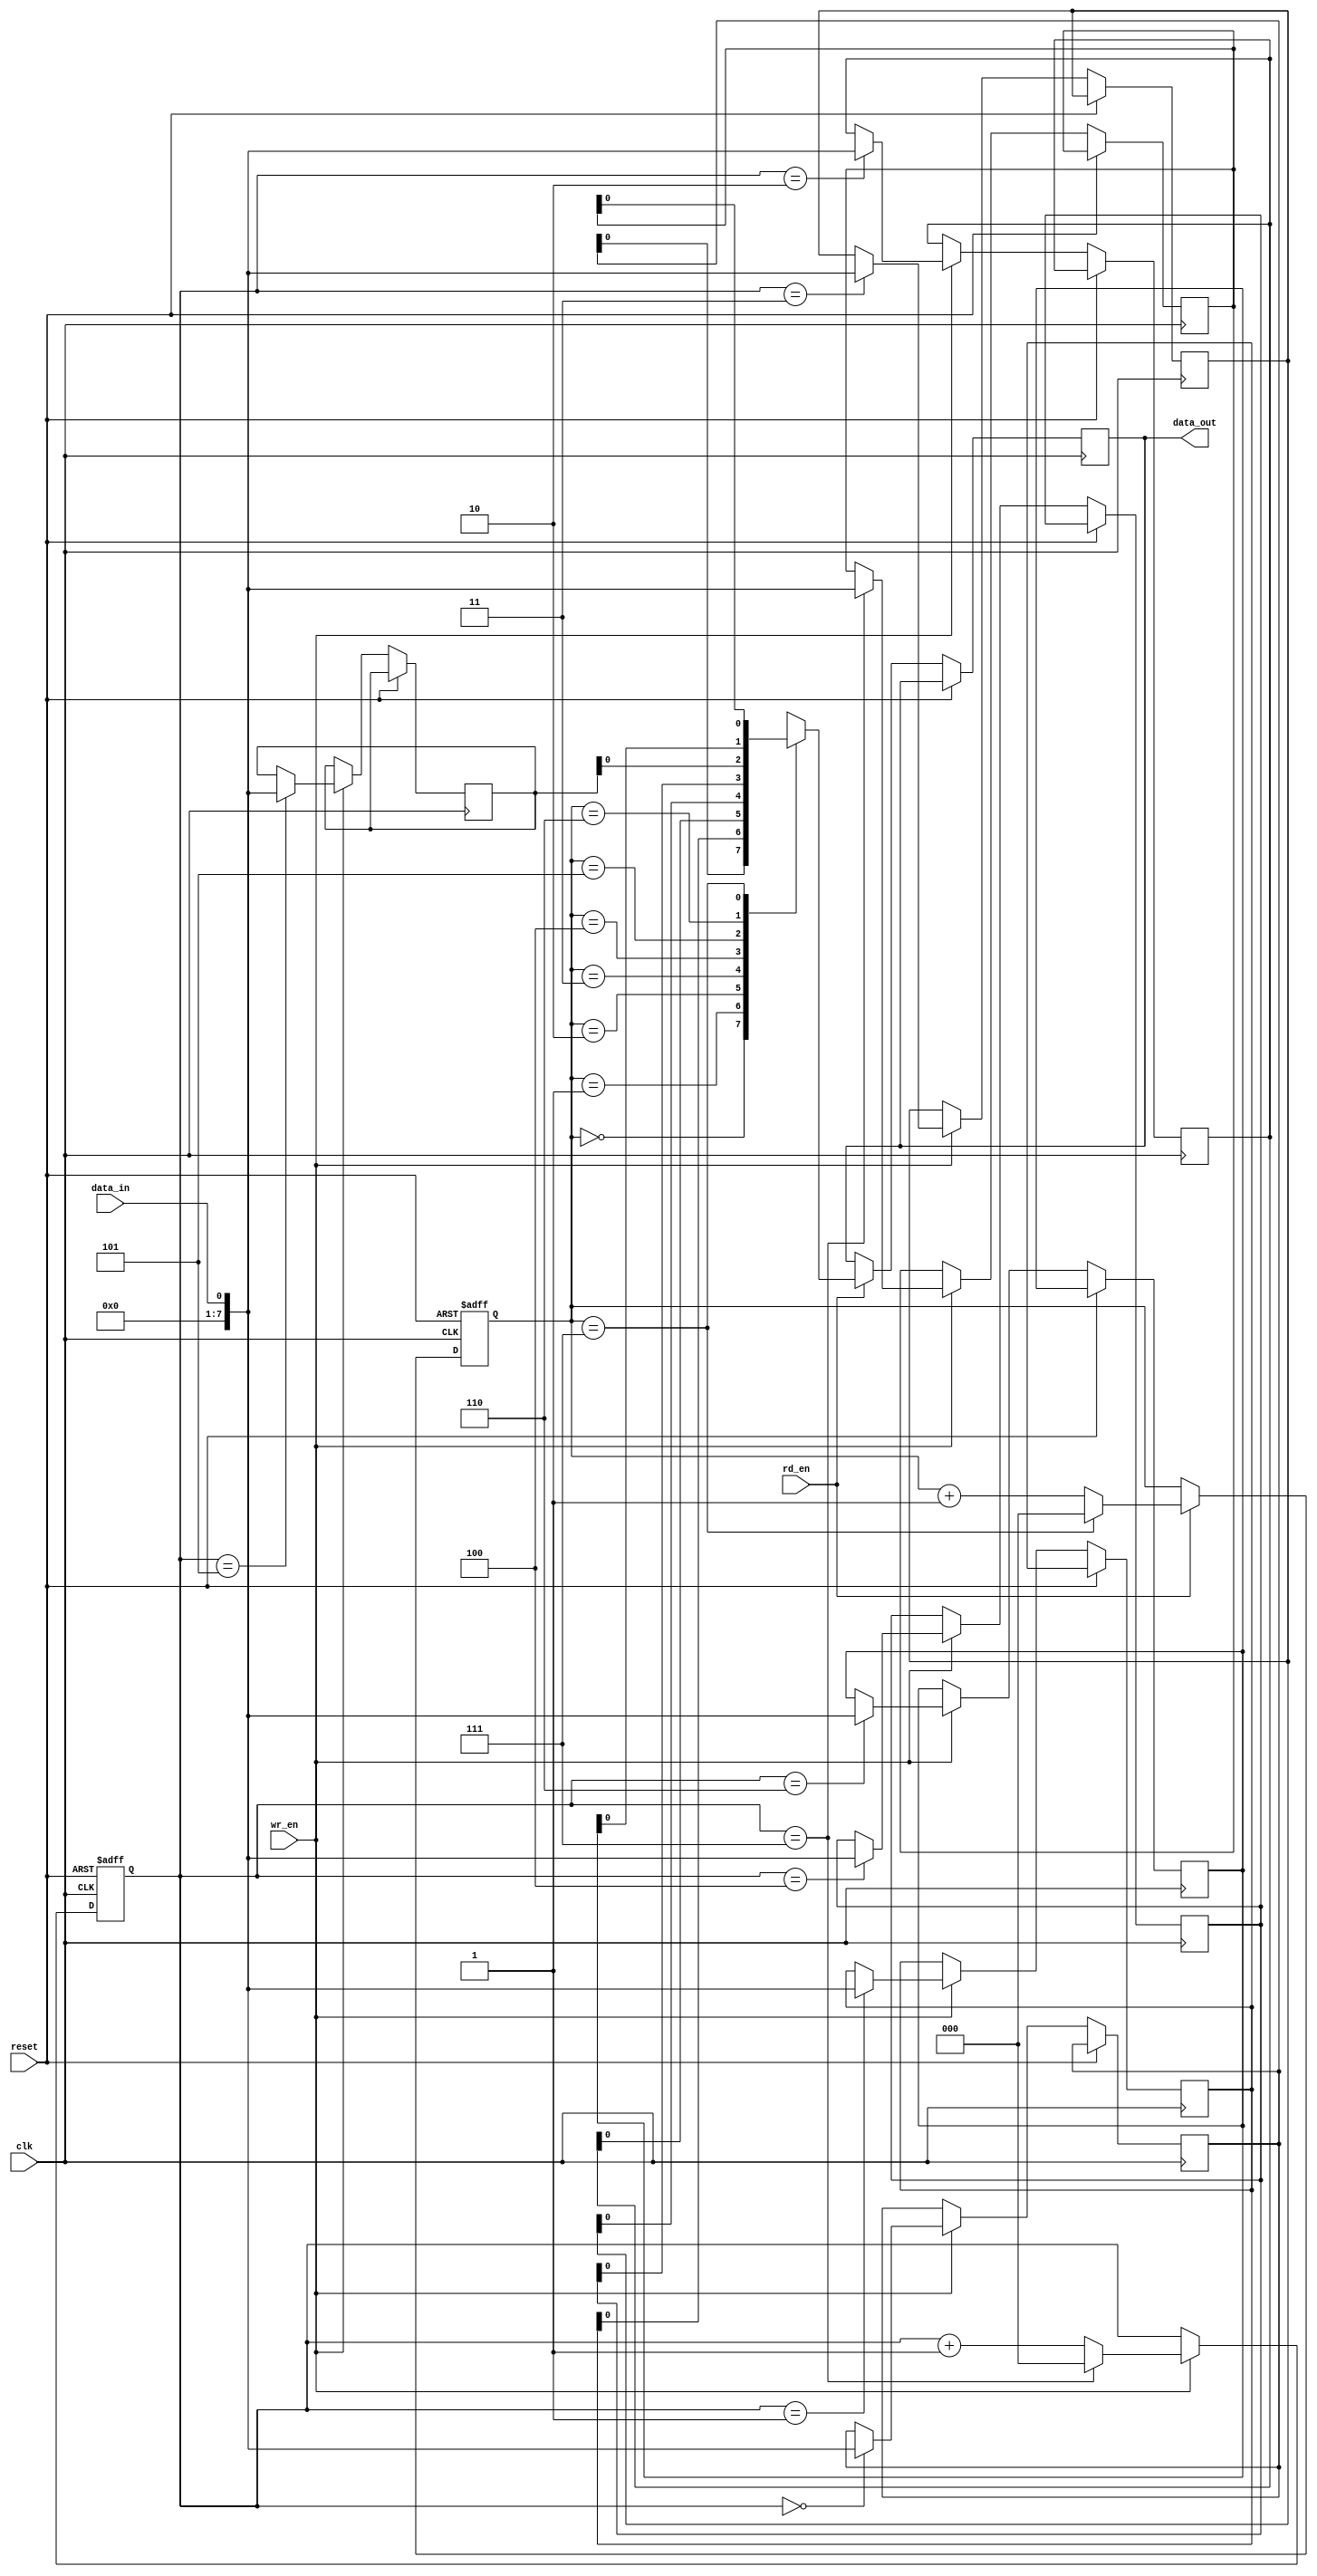
module bidirectional_fifo
(
    input wire clk,
    input wire reset,
    input wire wr_en,
    input wire rd_en,
    input wire data_in,
    output wire data_out
);

parameter DEPTH = 8; // Depth of FIFO

reg [7:0] fifo [0:DEPTH-1];
reg [2:0] wr_ptr;
reg [2:0] rd_ptr;

always @ (posedge clk or posedge reset)
begin
    if (reset)
    begin
        wr_ptr <= 0;
        rd_ptr <= 0;
    end
    else
    begin
        if (wr_en)
        begin
            fifo[wr_ptr] <= data_in;
            wr_ptr <= (wr_ptr == DEPTH-1) ? 0 : wr_ptr + 1;
        end
        if (rd_en)
        begin
            data_out <= fifo[rd_ptr];
            rd_ptr <= (rd_ptr == DEPTH-1) ? 0 : rd_ptr + 1;
        end
    end
end

endmodule